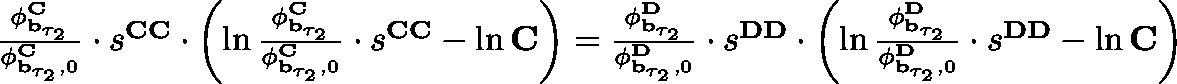
\begin{array} { r } { \frac { \mathbf { \phi } _ { \mathbf { b } _ { \tau _ { 2 } } } ^ { \mathbf { C } } } { \mathbf { \phi } _ { \mathbf { b } _ { \tau _ { 2 } } , 0 } ^ { \mathbf { C } } } \cdot s ^ { \mathbf { C C } } \cdot \left( \ln \frac { \mathbf { \phi } _ { \mathbf { b } _ { \tau _ { 2 } } } ^ { \mathbf { C } } } { \mathbf { \phi } _ { \mathbf { b } _ { \tau _ { 2 } } , 0 } ^ { \mathbf { C } } } \cdot s ^ { \mathbf { C C } } - \ln \mathbf { C } \right) = \frac { \mathbf { \phi } _ { \mathbf { b } _ { \tau _ { 2 } } } ^ { \mathbf { D } } } { \mathbf { \phi } _ { \mathbf { b } _ { \tau _ { 2 } } , 0 } ^ { \mathbf { D } } } \cdot s ^ { \mathbf { D D } } \cdot \left( \ln \frac { \mathbf { \phi } _ { \mathbf { b } _ { \tau _ { 2 } } } ^ { \mathbf { D } } } { \mathbf { \phi } _ { \mathbf { b } _ { \tau _ { 2 } } , 0 } ^ { \mathbf { D } } } \cdot s ^ { \mathbf { D D } } - \ln \mathbf { C } \right) } \end{array}